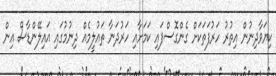
ކިޔަވާދިނުން އިތުރު ހަރުފަތަކަށް ގެންގޮސްފަައި ކަމަށާއި ހަރުދަނާ ތައުލީމެއް ދިނުމުގައި އައިލޭންޑާސް އިން